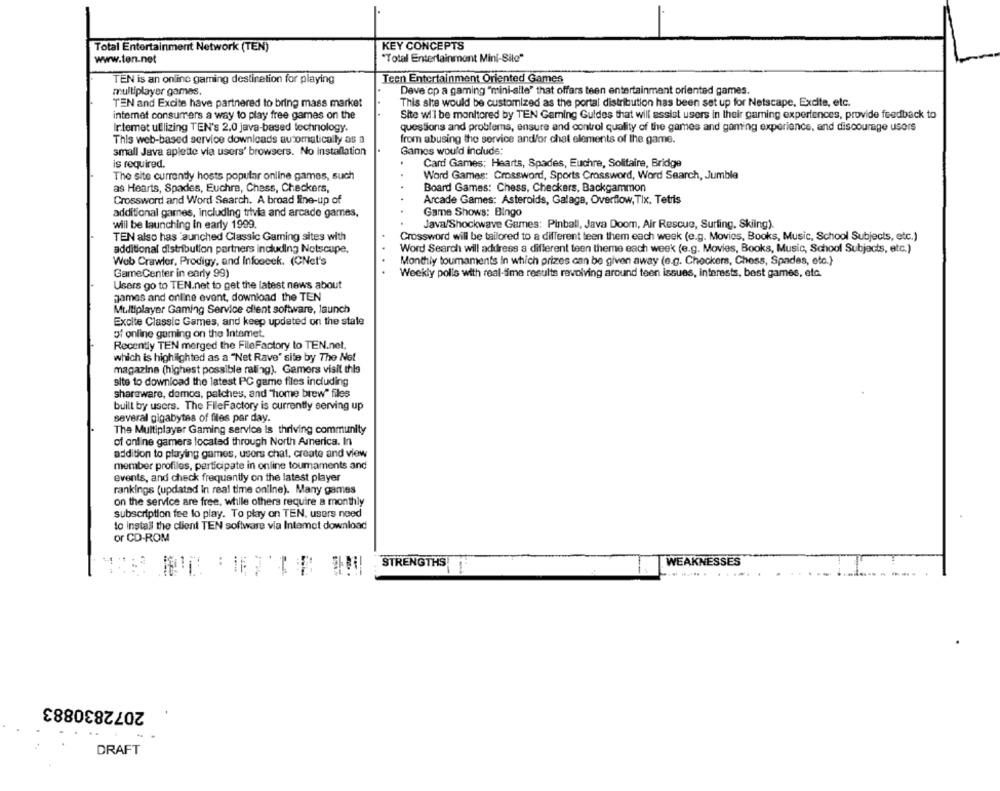
Total Entertainment Network (TEN)
KEY CONCEPTS
www.ten.net
"Total Entertainment Mini-Sile"
TEN is an online gaming destination for playing
Teen Entertainment Oriented Games
multiplayer games.
Deve'cp a gaming "mini-site' that offers teen entertainment oriented games.
TEN and Excite have partnered to bring mass market
This she would be customized as the portal distribution has been set up for Netscape, Excite, etc.
internet consumers a way to play free games on the
Site will be monitored by TEN Gaming Guides that will assist users in their gaming experiences, provide feedback to
Intemet utilizing TEN's 2.0 java-based technology.
questions and problems, ensure and control quality of the games and gaming experience, and discourage users
This web-based service downloads automatically as a
from abusing the service and/or chat elements of the game.
small Java aplette via users' browsers. No installation
Games would include:
is required.
Card Games: Hearts, Spades, Euchre, Solitaire, Bridge
The site currently hosts popular online games, such
Word Games: Crossword, Sports Crossword, Word Search, Jumble
as Hearts, Spades, Euchre, Chess, Checkers,
Board Games: Chess, Checkers, Backgammon
Crossword and Word Search. A broad line-up of
Arcade Games: Asteroids, Galaga, Overflow, Tix, Tetris
additional games, including trivia and arcade games,
Game Shows: Bingo
will be launching in early 1999.
Java/Shockwave Games: Pinball, Java Doom, Air Rescue, Surfing, Skiing).
TEN also has launched Classic Gaming sites with
Crossword will be tailored to a different teen them each week (e.g. Movies, Books, Music, School Subjects, etc.)
additional distribution partners including Netscape.
Word Search will address a different teen theme each week (e.g. Movies, Books, Music, School Subjects, etc.)
Web Crawler, Prodigy, and Infoseek. (CNel's
Monthly toumaments In which prizes can be given away (e.g. Checkers, Chess, Spades, etc.)
GameCenter in early 99)
Weekly polls with real-time results revolving around teen issues, interests, best games, etc.
Users go to TEN.net to get the latest news about
games and online event, download the TEN
Multiplayer Gaming Service client software, launch
Excite Classic Games, and keep updated on the state
of online gaming on the Intemet.
Recently TEN merged the FileFactory to TEN.net.
which is highlighted as a "Net Rave" site by The Net
magazine (highest possible rating). Gamers visit this
site to download the latest PC game files including
shareware, damos, palches, and "home brew" files
built by users. The FileFactory is currently serving up
several gigabytes of files par day.
The Multiplayer Gaming service is thriving community
of online gamers located through North America. In
addition to playing games, users chat, create and view
member profiles, participate in online toumaments and
events, and check frequently on the latest player
rankings (updated in real time online). Many games
on the service are free, while others require a monthly
subscription fee lo play. To play on TEN, users need
to install the client TEN software via Intemet download
or CD-ROM
STRENGTHS
WEAKNESSES
2072830883
DRAFT